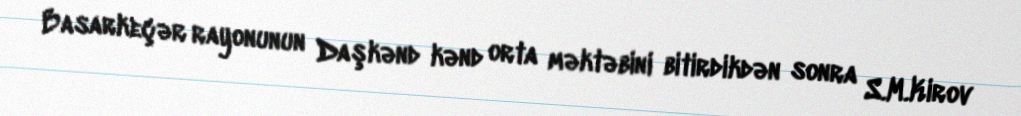
Basarkeçər rayonunun Daşkənd kənd orta məktəbini bitirdikdən sonra S.M.Kirov